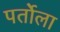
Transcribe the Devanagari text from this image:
पर्तोला